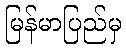
မြန်မာပြည်မှ